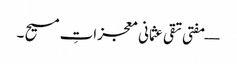
— مفتی تقی عثمانی معجزاتِ مسیح ۔